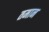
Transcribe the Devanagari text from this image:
तमान